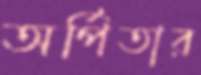
অর্পিতার